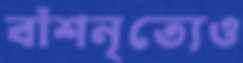
বাঁশনৃত্যেও